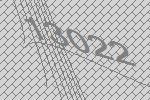
13022